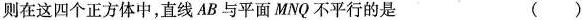
则在这四个正方体中，直线AB与平面MNQ不平行的是 ( )